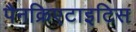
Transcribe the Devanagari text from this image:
पैनक्रिएटाइटिस